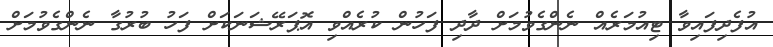
އުފެދިފައިވާ ޓިއުމަރެއް ނެންގެވުމަށް ދާދި ފަހުން ކުރެއްވި އޮޕަރޭޝަނަކަށް ފަހު ބުރުގާ ނެންގެވުމަށް